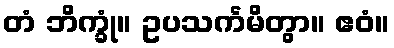
တံ ဘိက္ခုံ။ ဥပသင်္ကမိတွာ။ ဧဝံ။